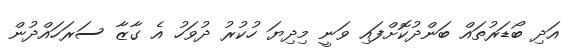
އަދި ބޯޑަރުތައް ބަންދުކޮށްފައި ވަނީ މިދިޔަ ހުކުރު ދުވަހު އެ ގާޒާ ސަރަހައްދުން